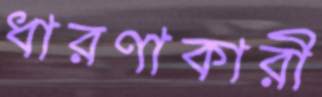
ধারণাকারী